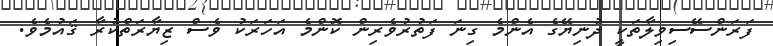
ފަރަންސޭސިވިލާތަކީ ދުނިޔޭގެ އެންމެ ގިނަ ފަތުރުވެރިން ކޮންމެ އަހަރަކު ވެސް ޒިޔާރަތްކުރާ ޤައުުމެވެ.